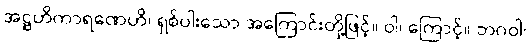
အဋ္ဌဟိကာရဏေဟိ၊ ရှစ်ပါးသော အကြောင်းတို့ဖြင့်။ ဝါ၊ ကြောင့်။ ဘဂဝါ၊